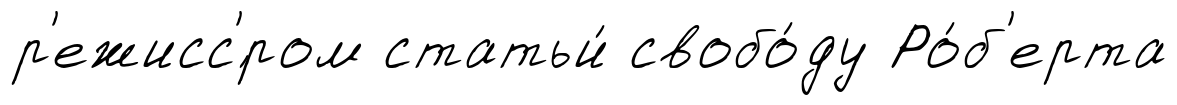
р'ежисс'́ром статьи́ свобо́ду Ро́б'ерта